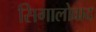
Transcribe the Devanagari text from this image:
सिगालोवाद